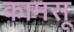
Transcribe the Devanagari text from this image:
कामसू